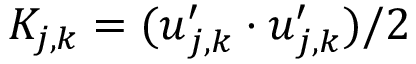
K _ { j , \boldsymbol { k } } = ( \boldsymbol { u } _ { j , \boldsymbol { k } } ^ { \prime } \cdot \boldsymbol { u } _ { j , \boldsymbol { k } } ^ { \prime } ) / 2